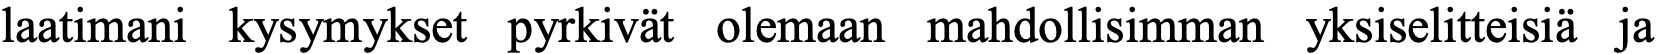
laatimani kysymykset pyrkivät olemaan mahdollisimman yksiselitteisiä ja